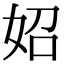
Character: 妱